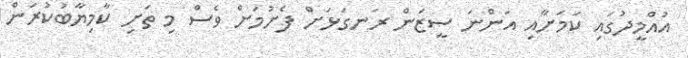
އުއްމީދުގައި ކަމަށާއި އަންނަ ސީޒަން ރަނގަޅަށް ފެށުމަށް ވެސް މި ތަށި ކާމިޔާބުކުރަން